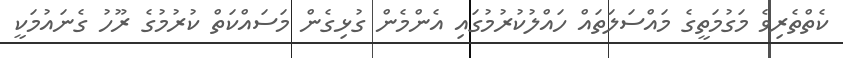
ކެތްތެރިވެ މަގުމަތީގެ މައްސަލަތައް ހައްލުކުރުމުގައި އެންމެން ގުޅިގެން މަސައްކަތް ކުރުމުގެ ރޫހު ގެނައުމަކީ